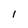
Character: I